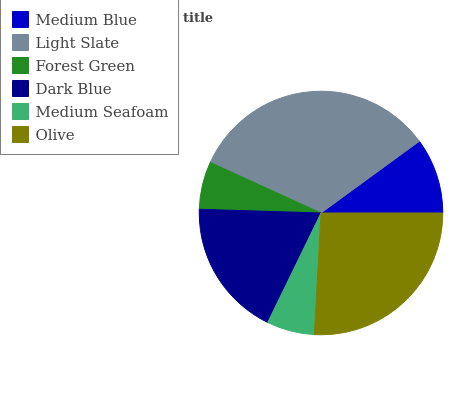
| Medium Blue | Light Slate | Forest Green | Dark Blue | Medium Seafoam | Olive |
 | --- | --- | --- | --- | --- | --- |
 | 10% | 33.1% | 6.33% | 18.3% | 6.33% | 25.9% |